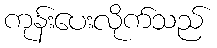
ကုန်းပေးလိုက်သည်